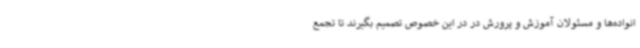
انواده‌ها و مسئولان آموزش و پرورش در در این خصوص تصمیم بگیرند تا تجمع